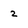
Character: 2